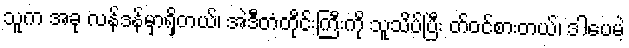
သူက အခု လန်ဒန်မှာရှိတယ်၊ အဲဒီတံတိုင်းကြီးကို သူသိပ်ပြီး တ်ဝင်စားတယ်၊ ဒါပေမဲ့